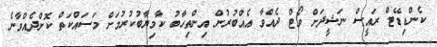
ކެންޑިޑޭޓް ރައީސް ނަޝީދަށް ވޯޓް ދެއްވާ އެއްބުރުން އިންތިހާބު ކާމިޔާބުކުރުމަށް މަސައްކަތް ކޮށްދެއްވާނެ